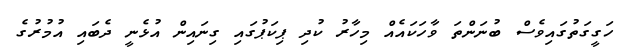
ހަގީގަތުގައިވެސް ބުނަންތަ ވާހަކައެއް މިހާރު ކުދި ޕިކަޕުގައި ގިނައިން އުޅެނީ ދެބައި އުމުރުގެ